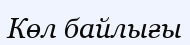
Көл байлығы